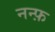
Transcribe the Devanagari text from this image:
नन्फ़